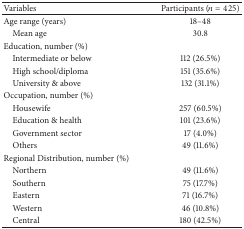
| Variables | Participants (n = 425) |
 | --- | --- |
 | Age range (years) | 18–48 |
 | Mean age | 30.8 |
 | Education, number (%) |  |
 | Intermediate or below | 112 (26.5%) |
 | High school/diploma | 151 (35.6%) |
 | University & above | 132 (31.1%) |
 | Occupation, number (%) |  |
 | Housewife | 257 (60.5%) |
 | Education & health | 101 (23.6%) |
 | Government sector | 17 (4.0%) |
 | Others | 49 (11.6%) |
 | Regional Distribution, number (%) |  |
 | Northern | 49 (11.6%) |
 | Southern | 75 (17.7%) |
 | Eastern | 71 (16.7%) |
 | Western | 46 (10.8%) |
 | Central | 180 (42.5%) |